Vaccine operations Central Provinces 1900-1911 - 1900-1911
Year: 1900
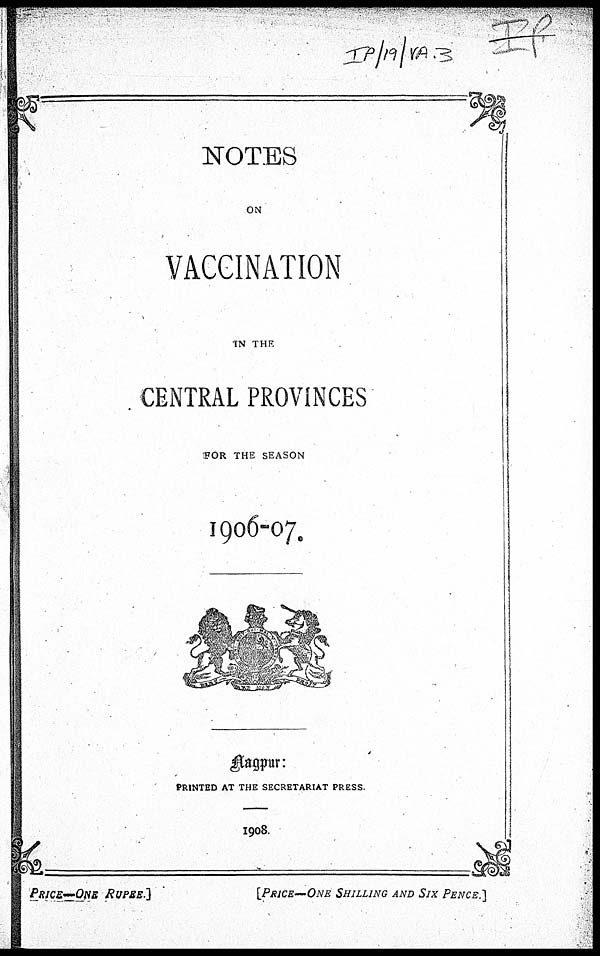
NOTES
ON
VACCINATION
IN THE
CENTRAL PROVINCES
FOR THE SEASON
1906-07.
Nagpur:
PRINTED AT THE SECRETARIAT PRESS.
1908.
PRICE—ONE
RUPEE.]
[PRICE—ONE SHILLING AND SIX PENCE.]